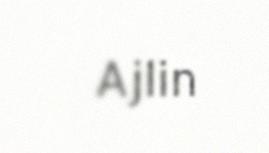
Ajlin